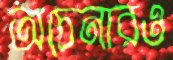
অচেনারও